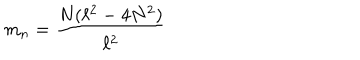
LaTeX: m _ { n } = \frac { N ( \ell ^ { 2 } - 4 N ^ { 2 } ) } { \ell ^ { 2 } }